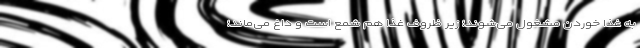
به غذا خوردن مشغول می‌شوند؛ زیر ظروف غذا هم شمع است و داغ می‌ماند؛